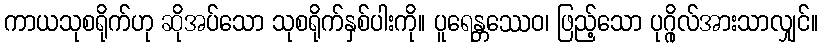
ကာယသုစရိုက်ဟု ဆိုအပ်သော သုစရိုက်နှစ်ပါးကို။ ပူရေန္တဿေဝ၊ ဖြည့်သော ပုဂ္ဂိုလ်အားသာလျှင်။